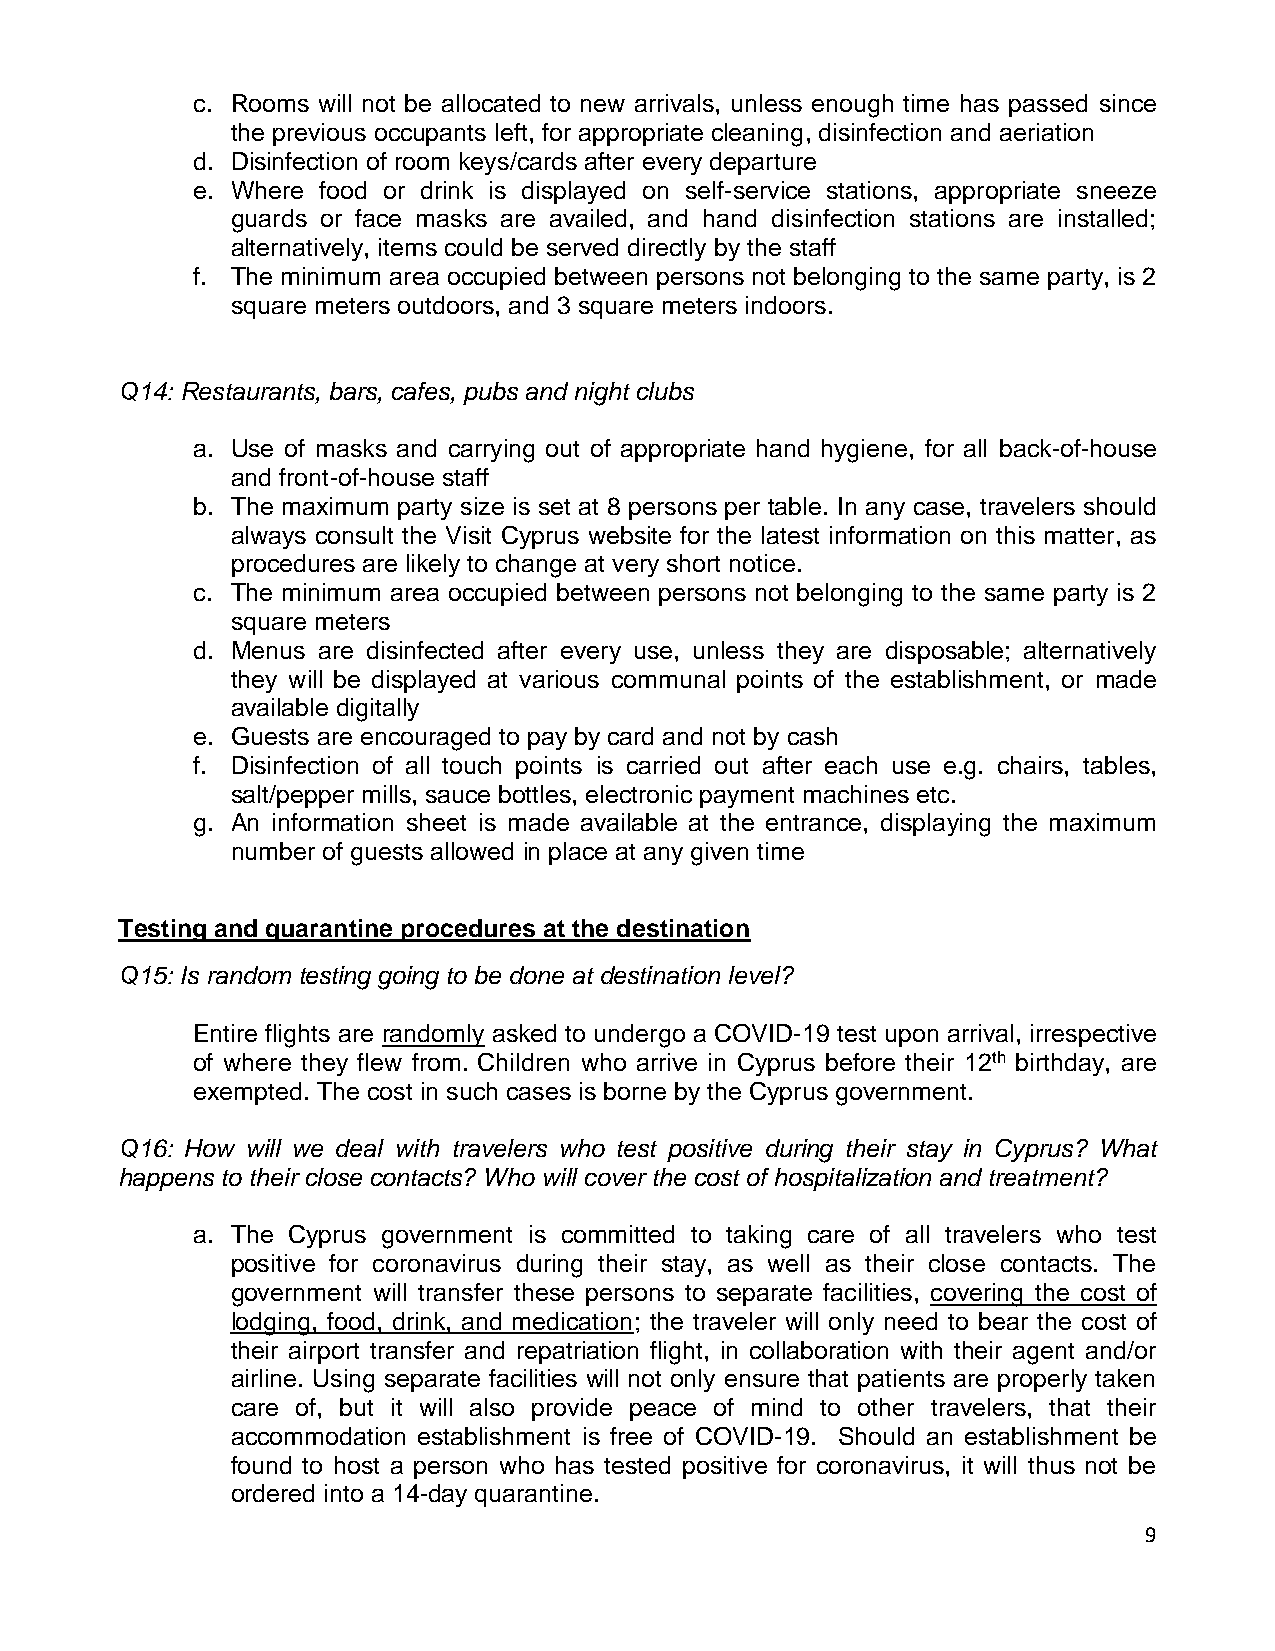
c. Rooms will not be allocated to new arrivals, unless enough time has passed since
 the previous occupants left, for appropriate cleaning, disinfection and aeriation
 d. Disinfection of room keys/cards after every departure
 e. Where food or drink is displayed on self-service stations, appropriate sneeze
 guards or face masks are availed, and hand disinfection stations are installed;
 alternatively, items could be served directly by the staff
 f. The minimum area occupied between persons not belonging to the same party, is 2
 square meters outdoors, and 3 square meters indoors.
 Q14: Restaurants, bars, cafes, pubs and night clubs
 a. Use of masks and carrying out of appropriate hand hygiene, for all back-of-house
 and front-of-house staff
 b. The maximum party size is set at 8 persons per table. In any case, travelers should
 always consult the Visit Cyprus website for the latest information on this matter, as
 procedures are likely to change at very short notice.
 c. The minimum area occupied between persons not belonging to the same party is 2
 square meters
 d. Menus are disinfected after every use, unless they are disposable; alternatively
 they will be displayed at various communal points of the establishment, or made
 available digitally
 e. Guests are encouraged to pay by card and not by cash
 f. Disinfection of all touch points is carried out after each use e.g. chairs, tables,
 salt/pepper mills, sauce bottles, electronic payment machines etc.
 g. An information sheet is made available at the entrance, displaying the maximum
 number of guests allowed in place at any given time
 Testing and quarantine procedures at the destination
 Q15: Is random testing going to be done at destination level?
 Entire flights are randomly asked to undergo a COVID-19 test upon arrival, irrespective
 of where they flew from. Children who arrive in Cyprus before their 12th birthday, are
 exempted. The cost in such cases is borne by the Cyprus government.
 Q16: How will we deal with travelers who test positive during their stay in Cyprus? What
 happens to their close contacts? Who will cover the cost of hospitalization and treatment?
 a. The Cyprus government is committed to taking care of all travelers who test
 positive for coronavirus during their stay, as well as their close contacts. The
 government will transfer these persons to separate facilities, covering the cost of
 lodging, food, drink, and medication; the traveler will only need to bear the cost of
 their airport transfer and repatriation flight, in collaboration with their agent and/or
 airline. Using separate facilities will not only ensure that patients are properly taken
 care of, but it will also provide peace of mind to other travelers, that their
 accommodation establishment is free of COVID-19. Should an establishment be
 found to host a person who has tested positive for coronavirus, it will thus not be
 ordered into a 14-day quarantine.
 9